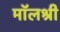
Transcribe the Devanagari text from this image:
मॉलश्री